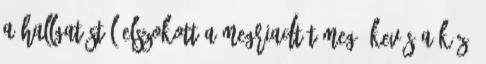
A hallgatástól elszokott a megriadt tömeg. Kevés a kéz,